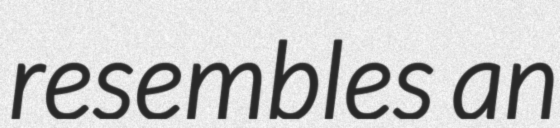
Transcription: resembles an